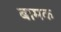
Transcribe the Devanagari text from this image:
बामक